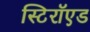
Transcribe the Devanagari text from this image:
स्टिरॉएड